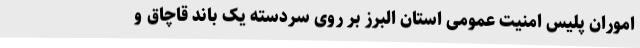
اموران پلیس امنیت عمومی استان البرز بر روی سردسته یک باند قاچاق و